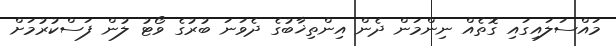
މައްސަލައިގައި ގޮތެއް ނިންމަން ދެން އިންތިޚާބުގެ ދެވަނަ ބުރުގެ ވޯޓު ލުން ފަސްކުރުމަށް